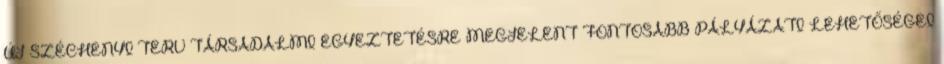
ÚJ SZÉCHENYI TERV TÁRSADALMI EGYEZTETÉSRE MEGJELENT FONTOSABB PÁLYÁZATI LEHETŐSÉGEI